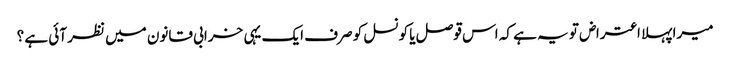
میرا پہلا اعتراض تو یہ ہے کہ اس قوصل یا کونسل کو صرف ایک یہی خرابی قانون میں نظر آئی ہے ؟